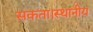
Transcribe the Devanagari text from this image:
सकता।स्थानीय